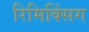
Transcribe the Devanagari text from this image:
रिमिक्सिंग